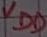
Text: VDD